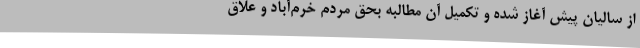
از سالیان پیش آغاز شده و تکمیل آن مطالبه بحق مردم خرم‌آباد و علاق